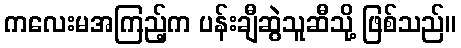
ကလေးမအကြည့်က ပန်းချီဆွဲသူဆီသို့ ဖြစ်သည်။